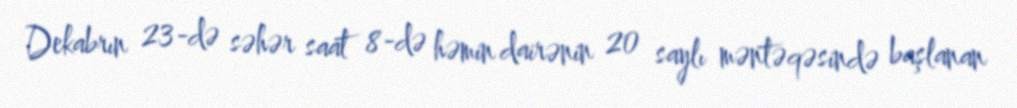
Dekabrın 23-də səhər saat 8-də həmin dairənin 20 saylı məntəqəsində başlanan